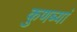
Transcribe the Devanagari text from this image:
कुणब्यां